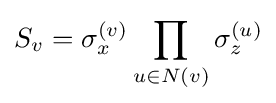
S_{v}=\sigma _{x}^{(v)}\prod _{u\in N(v)}\sigma _{z}^{(u)}